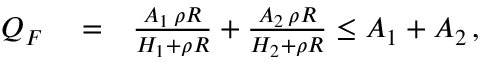
\begin{array} { r l r } { Q _ { F } } & { { } = } & { \frac { A _ { 1 } \, \rho R } { H _ { 1 } + \rho R } + \frac { A _ { 2 } \, \rho R } { H _ { 2 } + \rho R } \le A _ { 1 } + A _ { 2 } \, , } \end{array}